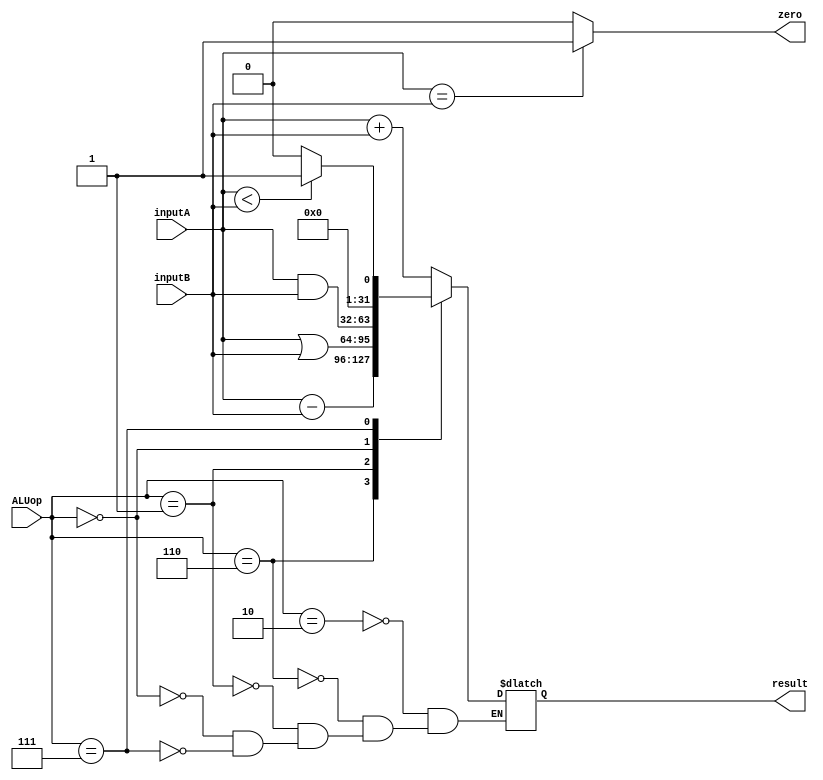
module ALU_35(inputA, inputB, ALUop, result, zero);
input [31:0] inputA, inputB;
input [2:0] ALUop; 
output [31:0] result;
reg [31:0] result;
output zero;
reg zero;
always @(inputA or inputB or ALUop)
begin 
	case(ALUop)
		3'b010:	result	=	inputA	+	inputB;
		3'b110:	result	=	inputA	-	inputB;
		3'b001:	result	=	inputA	|	inputB;
		3'b000:	result	=	inputA	&	inputB;
		3'b111:	
		begin
			if(inputA < inputB)
				result	=	1;
			else
				result	=	0;
		end
	endcase
	if (inputA == inputB)
			zero = 1;
	else
			zero = 0;
end 
endmodule